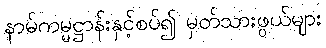
နာမ်ကမ္မဋ္ဌာန်းနှင့်စပ်၍ မှတ်သားဖွယ်များ